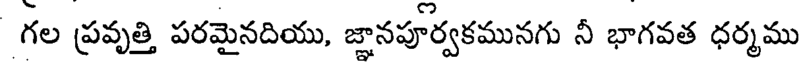
గల ప్రవృత్తి పరమైనదియు, జ్ఞానపూర్వకమునగు నీ భాగవత ధర్మము